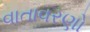
વાતાવરણો